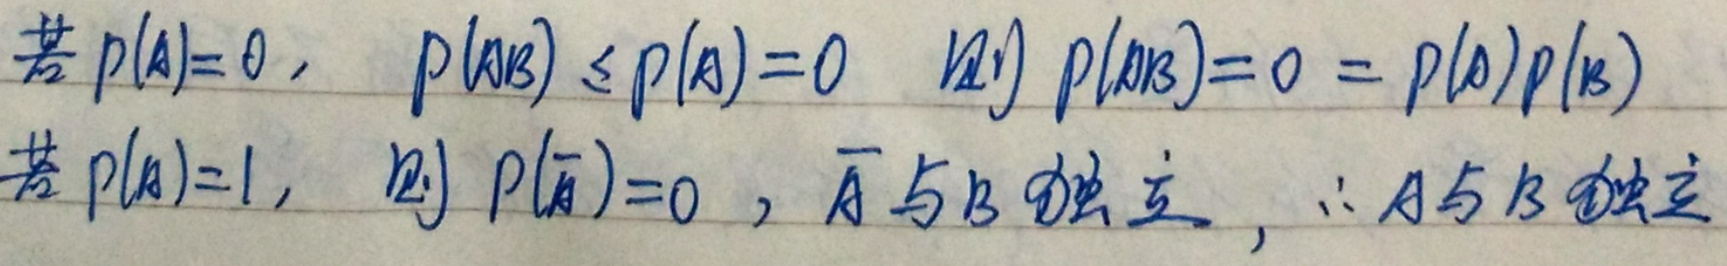
若 \(P(A) = 0\)，\(P(AB)\leq P(A)=0\)，则 \(P(AB)=0 = P(A)P(B)\)
若 \(P(A)=1\)，则 \(P(\overline{A}) = 0\)，\(\overline{A}\) 与 \(B\) 独立，\(\therefore A\) 与 \(B\) 独立